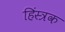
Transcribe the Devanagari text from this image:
हिंस्त्रक